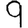
Digit: 9